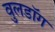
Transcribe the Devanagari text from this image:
वुलडॉग